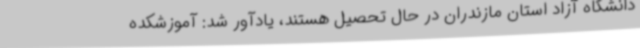
دانشگاه آزاد استان مازندران در حال تحصیل هستند، یادآور شد: آموزشکده